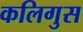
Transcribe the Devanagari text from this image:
कलिगुस